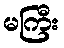
မကြီး